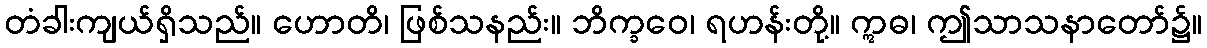
တံခါးကျယ်ရှိသည်။ ဟောတိ၊ ဖြစ်သနည်း။ ဘိက္ခဝေ၊ ရဟန်းတို့။ ဣဓ၊ ဤသာသနာတော်၌။